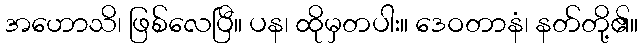
အဟောသိ၊ ဖြစ်လေပြီ။ ပန၊ ထိုမှတပါး။ ဒေဝတာနံ၊ နတ်တို့၏။